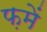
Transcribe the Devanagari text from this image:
फ़में